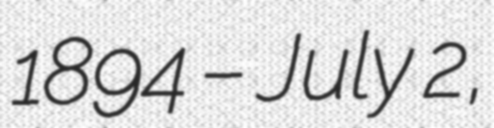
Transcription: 1894 – July 2,